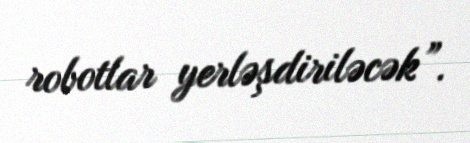
robotlar yerləşdiriləcək”.